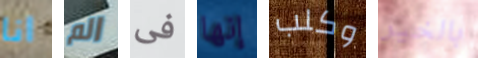
انا الم فى إنها وكلب بالخير